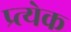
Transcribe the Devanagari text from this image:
प्र्त्येक